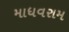
માધવરામ